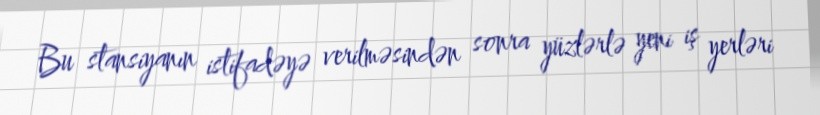
Bu stansiyanın istifadəyə verilməsindən sonra yüzlərlə yeni iş yerləri